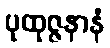
ပုထုဇ္ဇနာနံ